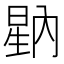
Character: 𭦷